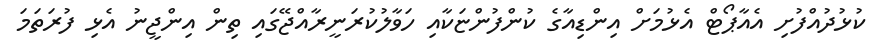
ކުޅުދުއްފުށި އެއާޕޯޓް އެޅުމަށް އިންޑިއާގެ ކުންފުންޏަކާއި ހަވާލުކުރަނީރާއްޖޭގައި ތިން އިންޖީނު އެޅި ފުރަތަމަ